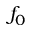
f _ { 0 }